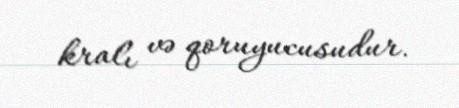
kralı və qoruyucusudur.